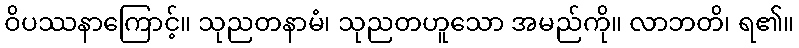
ဝိပဿနာကြောင့်။ သုညတနာမံ၊ သုညတဟူသော အမည်ကို။ လာဘတိ၊ ရ၏။